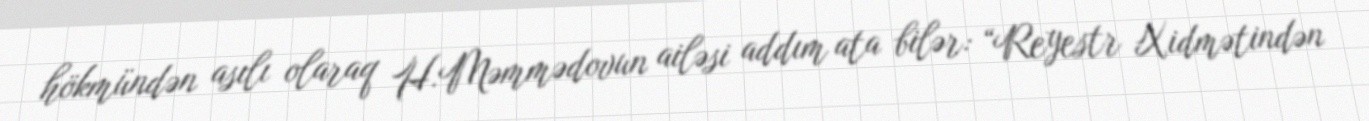
hökmündən asılı olaraq H.Məmmədovun ailəsi addım ata bilər: “Reyestr Xidmətindən